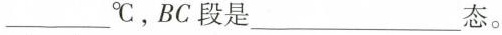
___℃，BC段是___态。